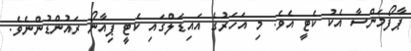
ޕާފޯމަންސާ އެކު ކެޓީ އެވެ. މި އަހަރުގެ އައިޑަލްގައި ކެޓީ ޕިއާނޯ ރައުންޑުންނެވެ.